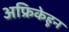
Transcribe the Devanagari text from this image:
अफ्रिकेहून